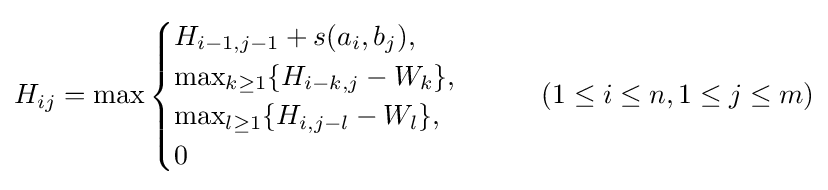
H_{ij}=\max {\begin{cases}H_{i-1,j-1}+s(a_{i},b_{j}),\\\max _{k\geq 1}\{H_{i-k,j}-W_{k}\},\\\max _{l\geq 1}\{H_{i,j-l}-W_{l}\},\\0\end{cases}}\qquad (1\leq i\leq n,1\leq j\leq m)